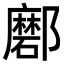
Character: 𨟖